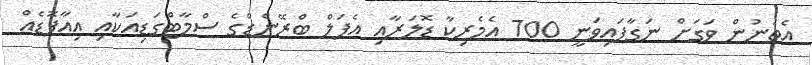
އެތަނުން ވަގަށް ނަގާފައިވަނީ 700 އެމެރިކާ ޑޮލަރާއި އެޕަލް ބްރޭންޑްގެ ސްމާޓްގަޑިއަކާއި އިއާޕޮޑެއް